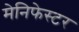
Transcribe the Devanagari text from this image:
मेनिफेस्टर